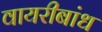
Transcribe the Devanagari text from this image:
वायरीबांध